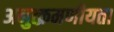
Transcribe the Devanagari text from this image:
अनुत्क्रमणीयता